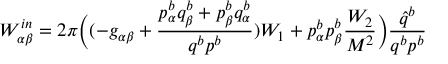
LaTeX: W _ { \alpha \beta } ^ { i n } = 2 \pi \biggl ( ( - g _ { \alpha \beta } + { \frac { p _ { \alpha } ^ { b } q _ { \beta } ^ { b } + p _ { \beta } ^ { b } q _ { \alpha } ^ { b } } { q ^ { b } p ^ { b } } } ) W _ { 1 } + p _ { \alpha } ^ { b } p _ { \beta } ^ { b } { \frac { W _ { 2 } } { M ^ { 2 } } } \biggr ) { \frac { \hat { q } ^ { b } } { q ^ { b } p ^ { b } } }